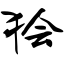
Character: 狯